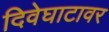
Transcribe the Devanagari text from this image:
दिवेघाटावर